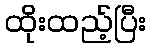
ထိုးထည့်ပြီး